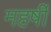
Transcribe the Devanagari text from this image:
महर्षीं